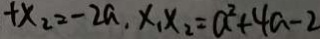
t x _ { 2 } = - 2 a . x _ { 1 } x _ { 2 } = a ^ { 2 } + 4 a - 2